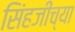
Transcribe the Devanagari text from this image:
सिंहजींच्या